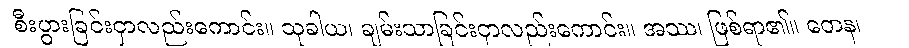
စီးပွားခြင်းငှာလည်းကောင်း။ သုခါယ၊ ချမ်းသာခြင်းငှာလည်းကောင်း။ အဿ၊ ဖြစ်ရာ၏။ တေန၊